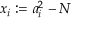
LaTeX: x _ { i } : = a _ { i } ^ { 2 } - N